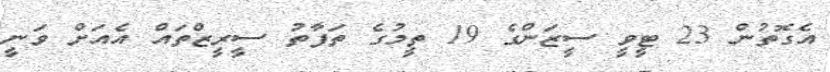
އެގޮތުން 23 ޓީވީ ސީޒަންގެ 19 ތީމުގެ ތަފާތު ސީރީޒްތައް އެއަށް ވަނީ